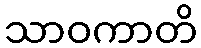
သာဝကာတိ